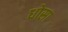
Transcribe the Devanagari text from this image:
धोसा